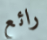
رائع